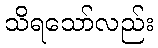
သိရသော်လည်း